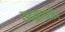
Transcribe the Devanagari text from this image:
इन्द्राकौर